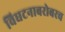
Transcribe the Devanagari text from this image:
विघटनाबरोबरच